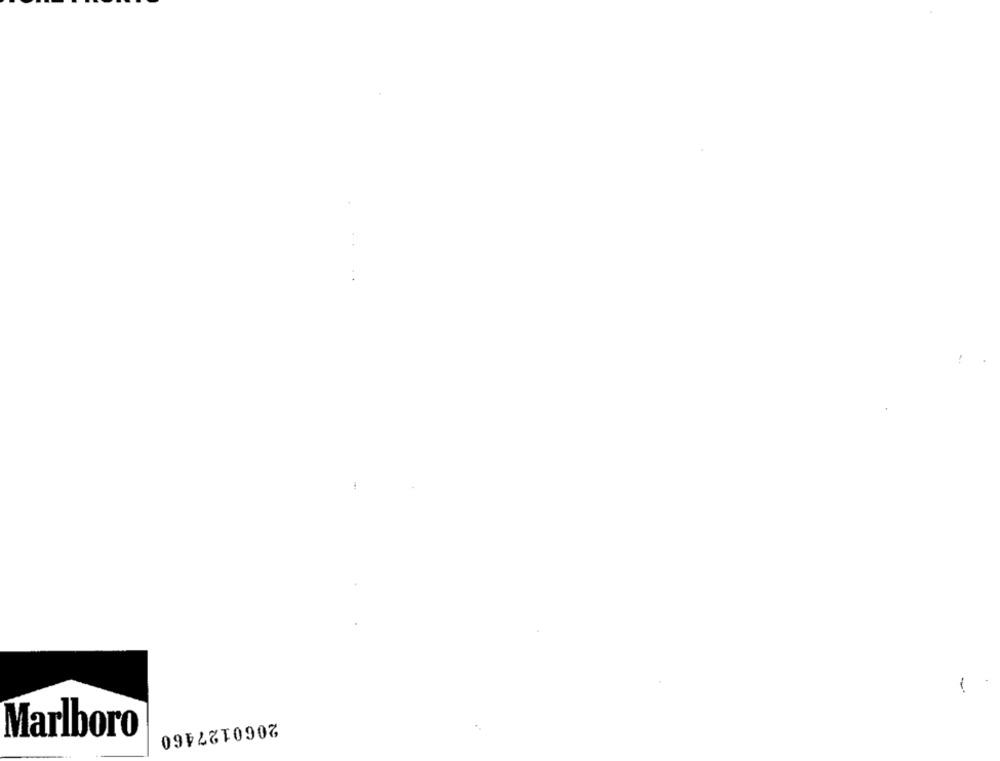
2060127460
Marlboro